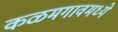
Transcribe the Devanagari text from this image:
कळमगावमध्ये